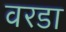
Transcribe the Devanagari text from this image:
वरडा